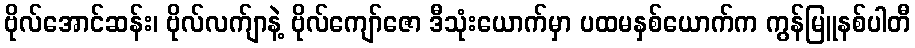
ဗိုလ်အောင်ဆန်း၊ ဗိုလ်လက်ျာနဲ့ ဗိုလ်ကျော်ဇော ဒီသုံးယောက်မှာ ပထမနှစ်ယောက်က ကွန်မြူနစ်ပါတီ